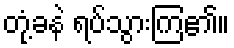
တုံ့ခနဲ ရပ်သွားကြ၏။